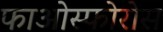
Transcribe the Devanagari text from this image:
फाओस्फोरोस